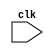
module sequential_process (
    input wire clk,
    // other input and output ports
);

reg [7:0] counter = 8'h00;

always @ (posedge clk)
begin
    // behavior to be executed on positive edge of clock
    counter <= counter + 1;
    // other logic implementation
end

// other logic implementation

endmodule